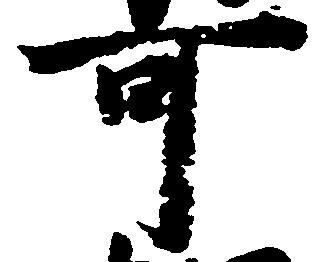
可